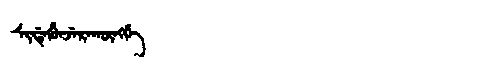
Manchu: ᠰᡳᡩᡝᡥᡠᠨᠵᡝᡵᠠᡴᡡᠩᡤᡝ
Romanization: SIDEHUNJERAKŪNGGE